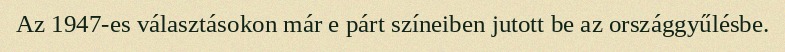
Az 1947-es választásokon már e párt színeiben jutott be az országgyűlésbe.